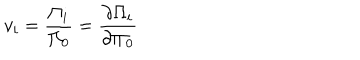
LaTeX: v _ { i } = \frac { \Pi _ { i } } { \Pi _ { 0 } } = \frac { \partial { \Pi _ { i } } } { \partial { \Pi _ { 0 } } }